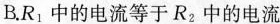
B.R_{1}中的电流等于R_{2}中的电流